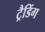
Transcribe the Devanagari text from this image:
ट्रैडिंग